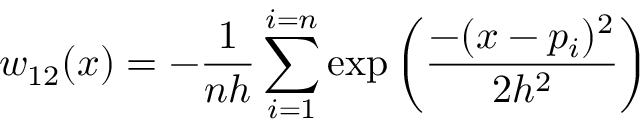
w _ { 1 2 } ( x ) = - \frac { 1 } { n h } \sum _ { i = 1 } ^ { i = n } \exp \bigg ( \frac { - ( x - p _ { i } ) ^ { 2 } } { 2 h ^ { 2 } } \bigg )